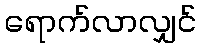
ရောက်လာလျှင်